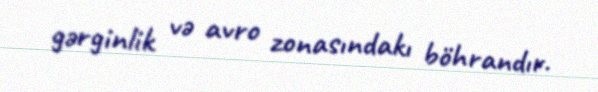
gərginlik və avro zonasındakı böhrandır.